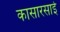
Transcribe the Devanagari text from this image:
कासारसाई